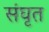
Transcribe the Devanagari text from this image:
संघृत